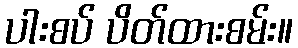
ပါးစပ် ပိတ်ထားစမ်း။